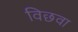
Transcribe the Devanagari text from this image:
विछवा